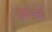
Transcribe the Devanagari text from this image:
हर्षवंती